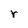
Character: r